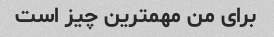
برای من مهمترین چیز است